Senior Leaving Certificate Examination (including Day School Certificate (Higher) General paper), 1948
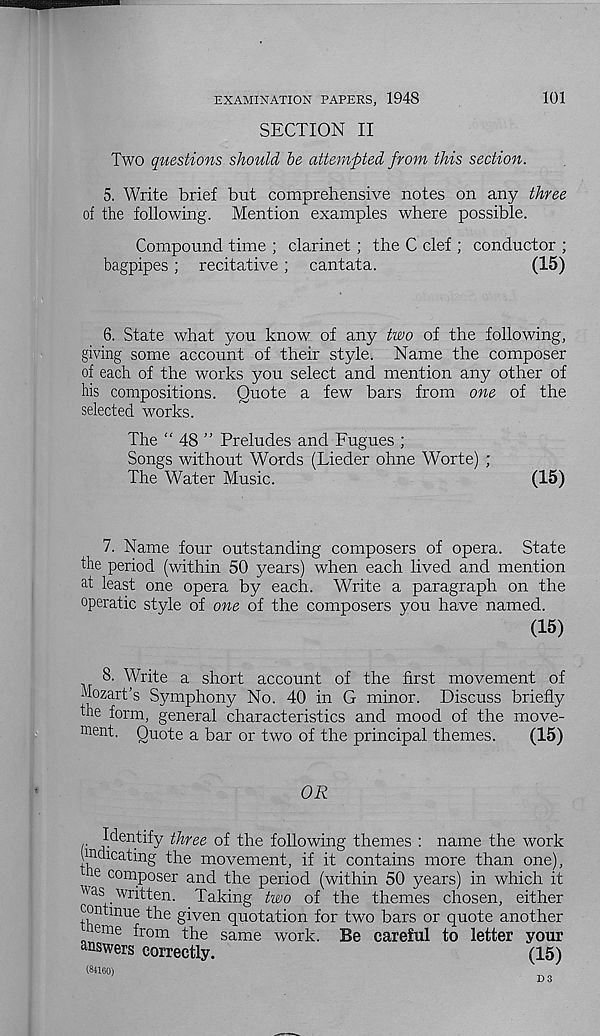
EXAMINATION PAPERS, 1948
101
SECTION II
Two questions should be attempted from this section.
5. Write brief but comprehensive notes on any three
of the following. Mention examples where possible.
Compound time ; clarinet ; the C clef ; conductor ;
bagpipes ; recitative; cantata.
(15)
6. State what you know of any two of the following,
giving some account of their style. Name the composer
of each of the works you select and mention any other of
his compositions. Quote a few bars from one of the
selected works.
The “ 48 ” Preludes and Fugues ;
Songs without Words (Lieder ohne Worte) ;
The Water Music.
(15)
7. Name four outstanding composers of opera. State
the period (within 50 years) when each lived and mention
at least one opera by each. Write a paragraph on the
operatic style of one of the composers you have named.
(15)
8. Write a short account of the first movement of
Eozart’s Symphony No. 40 in G minor. Discuss briefly
the form, general characteristics and mood of the move-
ment. Quote a bar or two of the principal themes.
(15)
OR
f rl
Identif y three of the following themes : name the work
jmdicating the movement, if it contains more than one),
16 composer and the period (within 50 years) in which it
was written. Taking two of the themes chosen, either
continue the given quotation for two bars or quote another
oeme from the same work. Be careful to letter your
answers correctly.
(15)
(84160)
D3